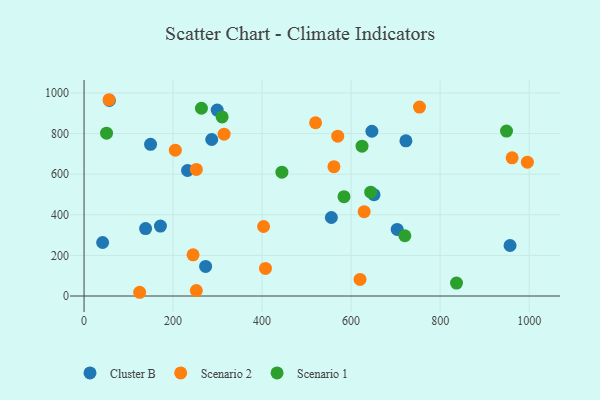
{"axis": {"x": "Engine Size", "y": "Sales"}, "legend": ["Cluster B", "Scenario 1", "Scenario 2"], "data": [{"x": "723.1", "y": 764.5, "type": "Cluster B"}, {"x": "555.6", "y": 386.8, "type": "Cluster B"}, {"x": "286.8", "y": 770.8, "type": "Cluster B"}, {"x": "232.4", "y": 618.3, "type": "Cluster B"}, {"x": "273.1", "y": 145.5, "type": "Cluster B"}, {"x": "41.7", "y": 263.5, "type": "Cluster B"}, {"x": "56.9", "y": 963.1, "type": "Cluster B"}, {"x": "651.4", "y": 499.1, "type": "Cluster B"}, {"x": "171.6", "y": 344.5, "type": "Cluster B"}, {"x": "703.5", "y": 327.9, "type": "Cluster B"}, {"x": "646.7", "y": 811.5, "type": "Cluster B"}, {"x": "957.1", "y": 248.8, "type": "Cluster B"}, {"x": "299.1", "y": 915.6, "type": "Cluster B"}, {"x": "138.2", "y": 332.2, "type": "Cluster B"}, {"x": "149.4", "y": 747.0, "type": "Cluster B"}, {"x": "244.9", "y": 203.0, "type": "Scenario 2"}, {"x": "629.3", "y": 415.5, "type": "Scenario 2"}, {"x": "252.2", "y": 623.4, "type": "Scenario 2"}, {"x": "124.9", "y": 18.4, "type": "Scenario 2"}, {"x": "569.9", "y": 787.2, "type": "Scenario 2"}, {"x": "403.3", "y": 342.4, "type": "Scenario 2"}, {"x": "56.2", "y": 966.8, "type": "Scenario 2"}, {"x": "407.6", "y": 136.1, "type": "Scenario 2"}, {"x": "520.1", "y": 853.4, "type": "Scenario 2"}, {"x": "620.0", "y": 81.8, "type": "Scenario 2"}, {"x": "961.7", "y": 680.4, "type": "Scenario 2"}, {"x": "561.4", "y": 637.1, "type": "Scenario 2"}, {"x": "314.6", "y": 797.2, "type": "Scenario 2"}, {"x": "252.2", "y": 27.0, "type": "Scenario 2"}, {"x": "753.6", "y": 930.8, "type": "Scenario 2"}, {"x": "205.0", "y": 718.3, "type": "Scenario 2"}, {"x": "996.0", "y": 659.0, "type": "Scenario 2"}, {"x": "50.5", "y": 801.8, "type": "Scenario 1"}, {"x": "624.5", "y": 737.9, "type": "Scenario 1"}, {"x": "263.7", "y": 924.7, "type": "Scenario 1"}, {"x": "949.1", "y": 812.5, "type": "Scenario 1"}, {"x": "644.0", "y": 511.5, "type": "Scenario 1"}, {"x": "584.0", "y": 489.1, "type": "Scenario 1"}, {"x": "836.8", "y": 63.7, "type": "Scenario 1"}, {"x": "444.5", "y": 610.1, "type": "Scenario 1"}, {"x": "310.2", "y": 881.9, "type": "Scenario 1"}, {"x": "720.7", "y": 296.9, "type": "Scenario 1"}]}